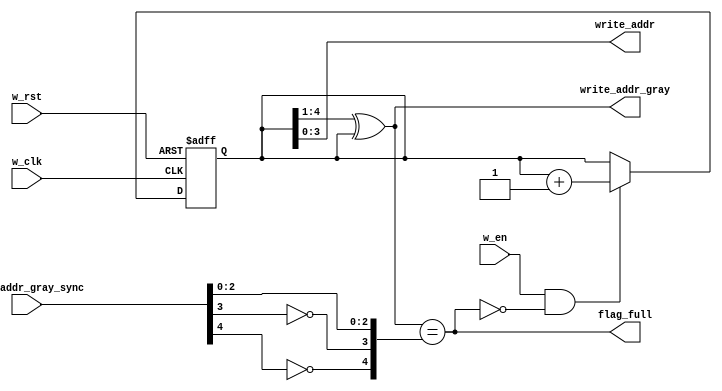
module write_full 
    #(
        parameter FIFO_DEPTH_BIT = 10'd4
    )
    (
        input                         w_clk,
        input                         w_rst,
        input                         w_en,
        input [FIFO_DEPTH_BIT:0]      read_addr_gray_sync,
        
        output                        flag_full,
        output [FIFO_DEPTH_BIT-1:0]   write_addr,
        output [FIFO_DEPTH_BIT:0]     write_addr_gray
    );
    
    reg  [FIFO_DEPTH_BIT:0] write_addr_bin; //expand write_addr for 1bit
    reg  [FIFO_DEPTH_BIT:0] i;

    always @(posedge w_clk or posedge w_rst) begin // write_addr pointer add 1 atumatically
        if(w_rst)
            write_addr_bin <= 0;
        else if(w_en && !flag_full)
            write_addr_bin <= write_addr_bin + 1'b1;
        else
            write_addr_bin <= write_addr_bin;
    end

    assign write_addr_gray = (write_addr_bin>>1) ^ write_addr_bin; // binary to gray
    assign flag_full       = (write_addr_gray == {~read_addr_gray_sync[FIFO_DEPTH_BIT],~read_addr_gray_sync[FIFO_DEPTH_BIT-1],read_addr_gray_sync[FIFO_DEPTH_BIT-2:0]}); // produce flag_full signal
    assign write_addr      = write_addr_bin[FIFO_DEPTH_BIT-1:0]; //assign write_addr, cut 1 bit of write_addr_bin

endmodule